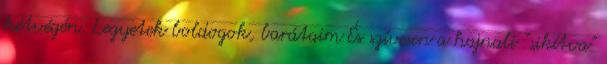
hétvégén. Legyetek boldogok, barátaim És szívesen a hajnali “sikítva”